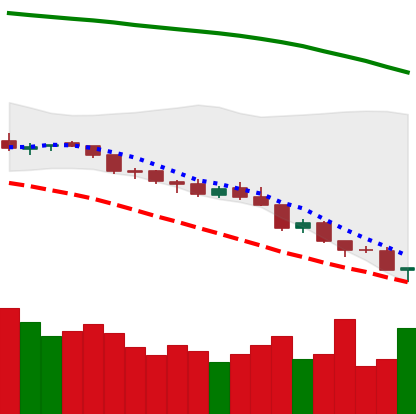
Ticker: NEO-USD
Chart end date: 2018-08-14
Forward return: 21.484%
Label: up_7plus